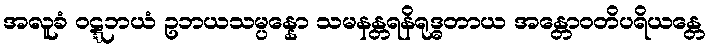
အလူခံ ဝဋ္ဋဘယံ ဥဘယသမ္ပန္နော သမနန္တရနိရုဒ္ဓတာယ အန္တောဝတိပရိယန္တေ